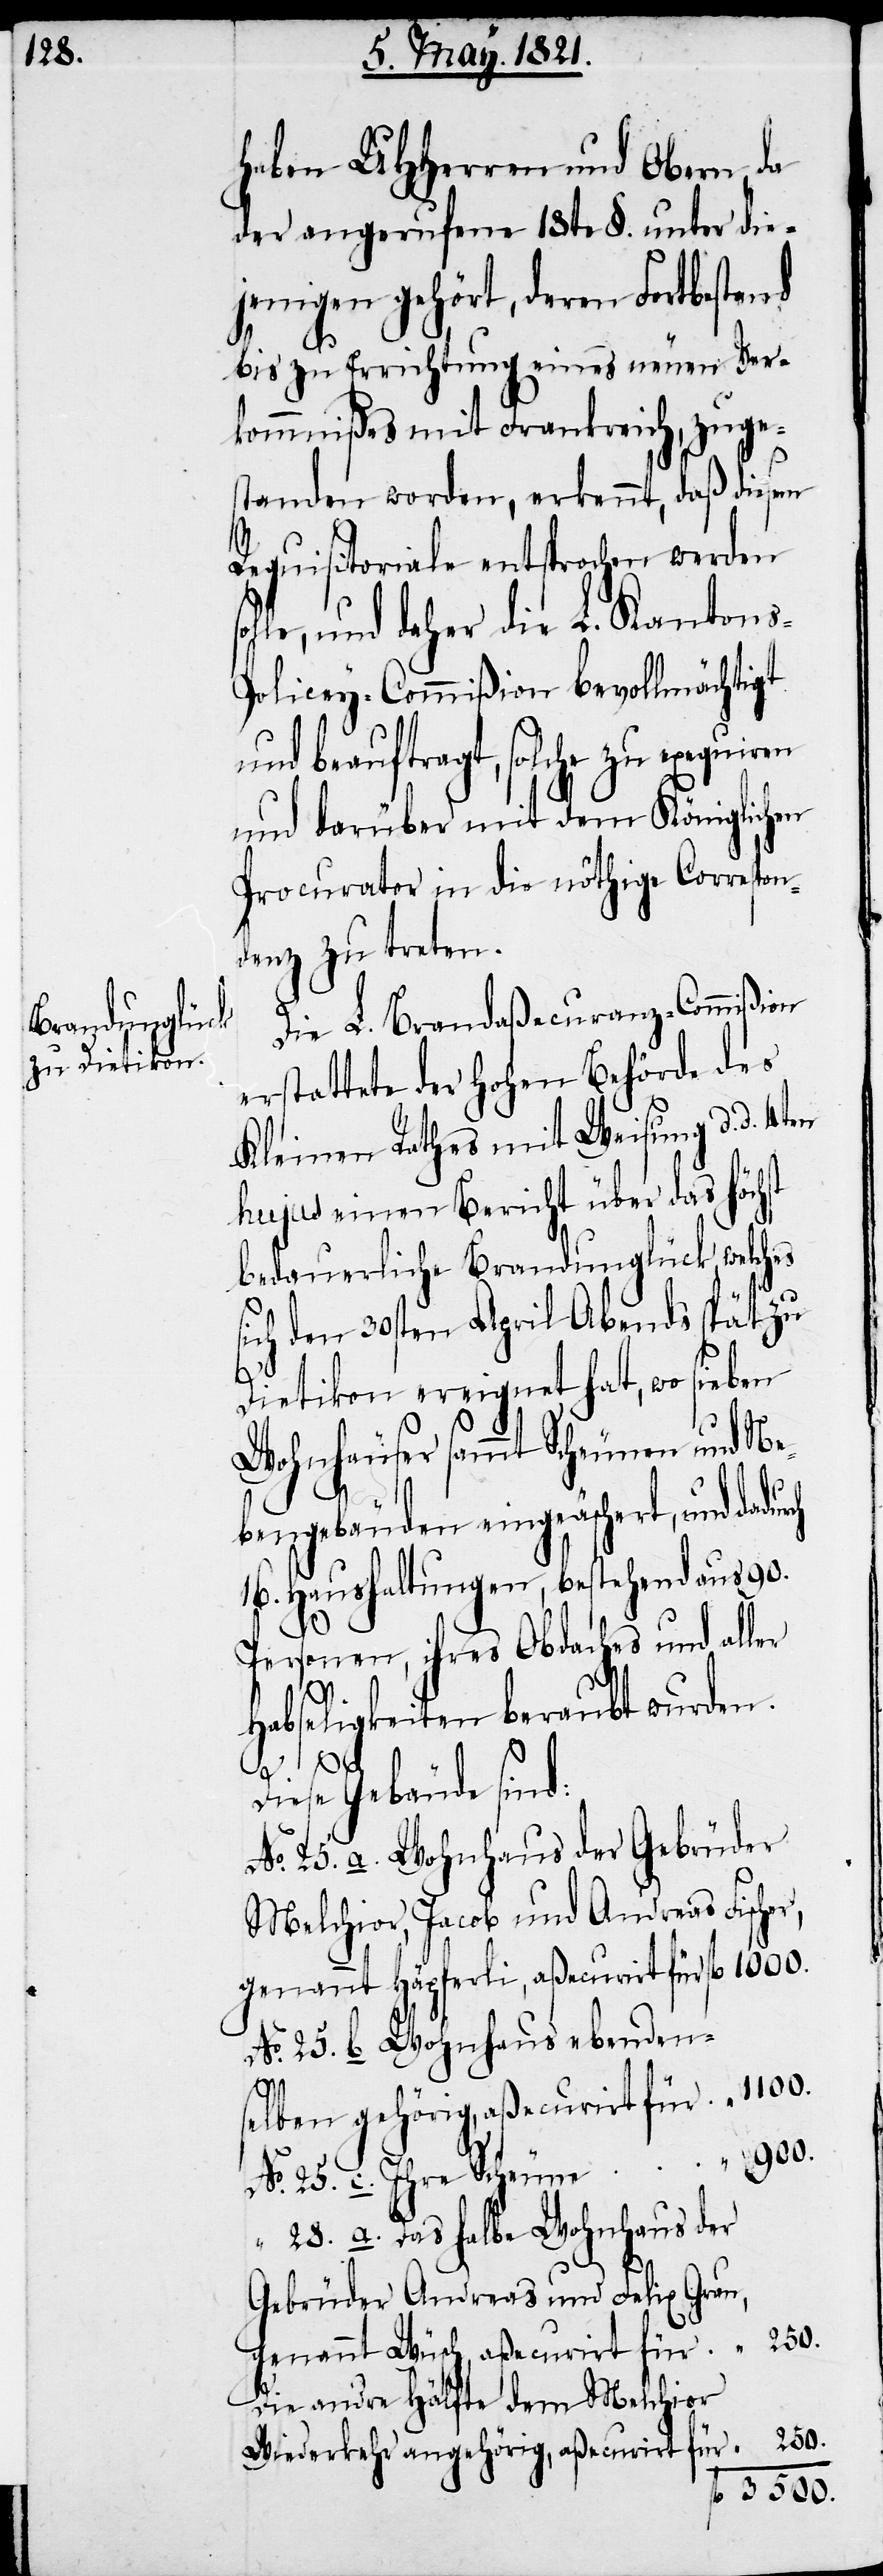
28.

haben UHHerren und Obern, da
der angerufene 18te §. unter die¬
jenigen gehört, deren Fortbestand
bis zu Errichtung eines neuen Ver¬
kommnißes mit Frankreich, zuge¬
r,
standen worden, erkennt, daß diesem
Requisitoriale entsprochen werden
lle, und daher die L. Kanton¬
olicey-Commißion bevollmächtigt
und beauftragt, solche zu exequiren
und darüber mit dem Königlichen
Procurator in die nöthige Correspon¬
denz zu treten.
Die L. Brandaßecuranz-Commißion
erstattete der hohen Behörde des
Kleinen Rathes mit Weisung d. d. 4ten
hujus einen Bericht über das höchst
bedauerliche Brandunglück, welches
ich den 30sten April Abends spät zu
Dietikon ereignet hat, wo sieben
Wohnhäuser sammt Scheunen und Ne¬
No.
bengebäuden eingeäschert, und dadur¬
16. Haushaltungen, bestehend aus 90.
Personen, ihres Obdaches und aller
fl.
Habseligkeiten beraubt wurden.
“
1100.
Diese Gebäude sind:
Wohnhaus der Gebrüder
Melchior, Jacob und Andreas Fische¬
genannt Häpferli, aßecurirt für
Wohnhaus ebendens¬
s¬
elben gehörig, aßecurirt für
Das halbe Wohnhaus der
Gebrüder Andreas und Felix Grau,
genannt Wüsch, aßecurirt für
Die andere Hälfte dem Melchior
3500.
Wiederkehr angehörig, aßecurirt für